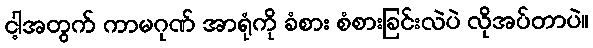
ငါ့အတွက် ကာမဂုဏ် အာရုံကို ခံစား စံစားခြင်းလဲပဲ လိုအပ်တာပဲ။